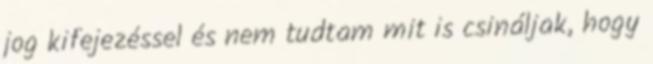
jog kifejezéssel és nem tudtam mit is csináljak, hogy